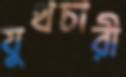
যুথচারী